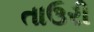
તાઉરી